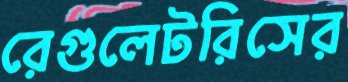
রেগুলেটরিসের